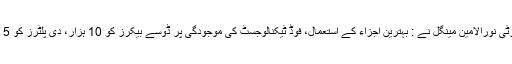
ڈی جی فوڈ اتھارٹی نورالامین مینگل نے : بہترین اجزاء کے استعمال، فوڈ ٹیکنالوجسٹ کی موجودگی پر ڈوسے بیکرز کو 10 ہزار، دی پلٹرز کو 5 ہزار کا انعام دیا۔